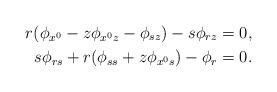
LaTeX: \begin{align*}r(\phi_{x^0}-z\phi_{x^0z}-\phi_{sz})-s\phi_{rz}&=0,\\s\phi_{rs}+r(\phi_{ss}+z\phi_{x^0s}) - \phi_r&=0.\end{align*}